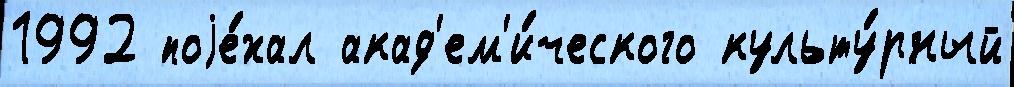
1992 поjе́хал акад'ем'и́ческого культу́рный